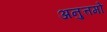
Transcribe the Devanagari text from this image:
अनुत्तमो